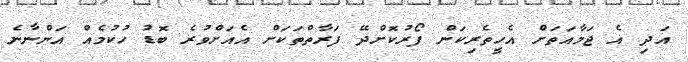
އަދި އެ ޖަމާއަތަށް އެހީތެރިކަން ފޯރުކޮށްދޭ ފަރާތްތަކަށް އެއަށްވުރެ ބޮޑު ހުކުމެއް އަންނާނެ